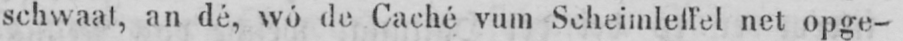
schwaat, an dé, wó de Caché vum Scheimleffel net opge-